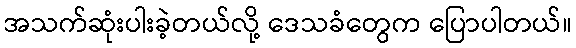
အသက်ဆုံးပါးခဲ့တယ်လို့ ဒေသခံတွေက ပြောပါတယ်။